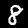
Label: 8